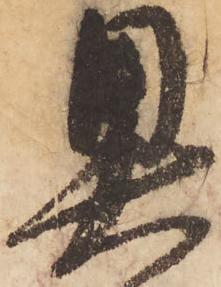
奥